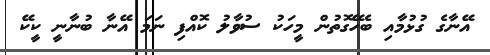
އޭނާގެ ގުޅުމާއި ބެހޭގޮތުން މީހަކު ސުވާލު ކޮއްފި ނަމަ އޭނާ ބުނާނީ ކީކޭ